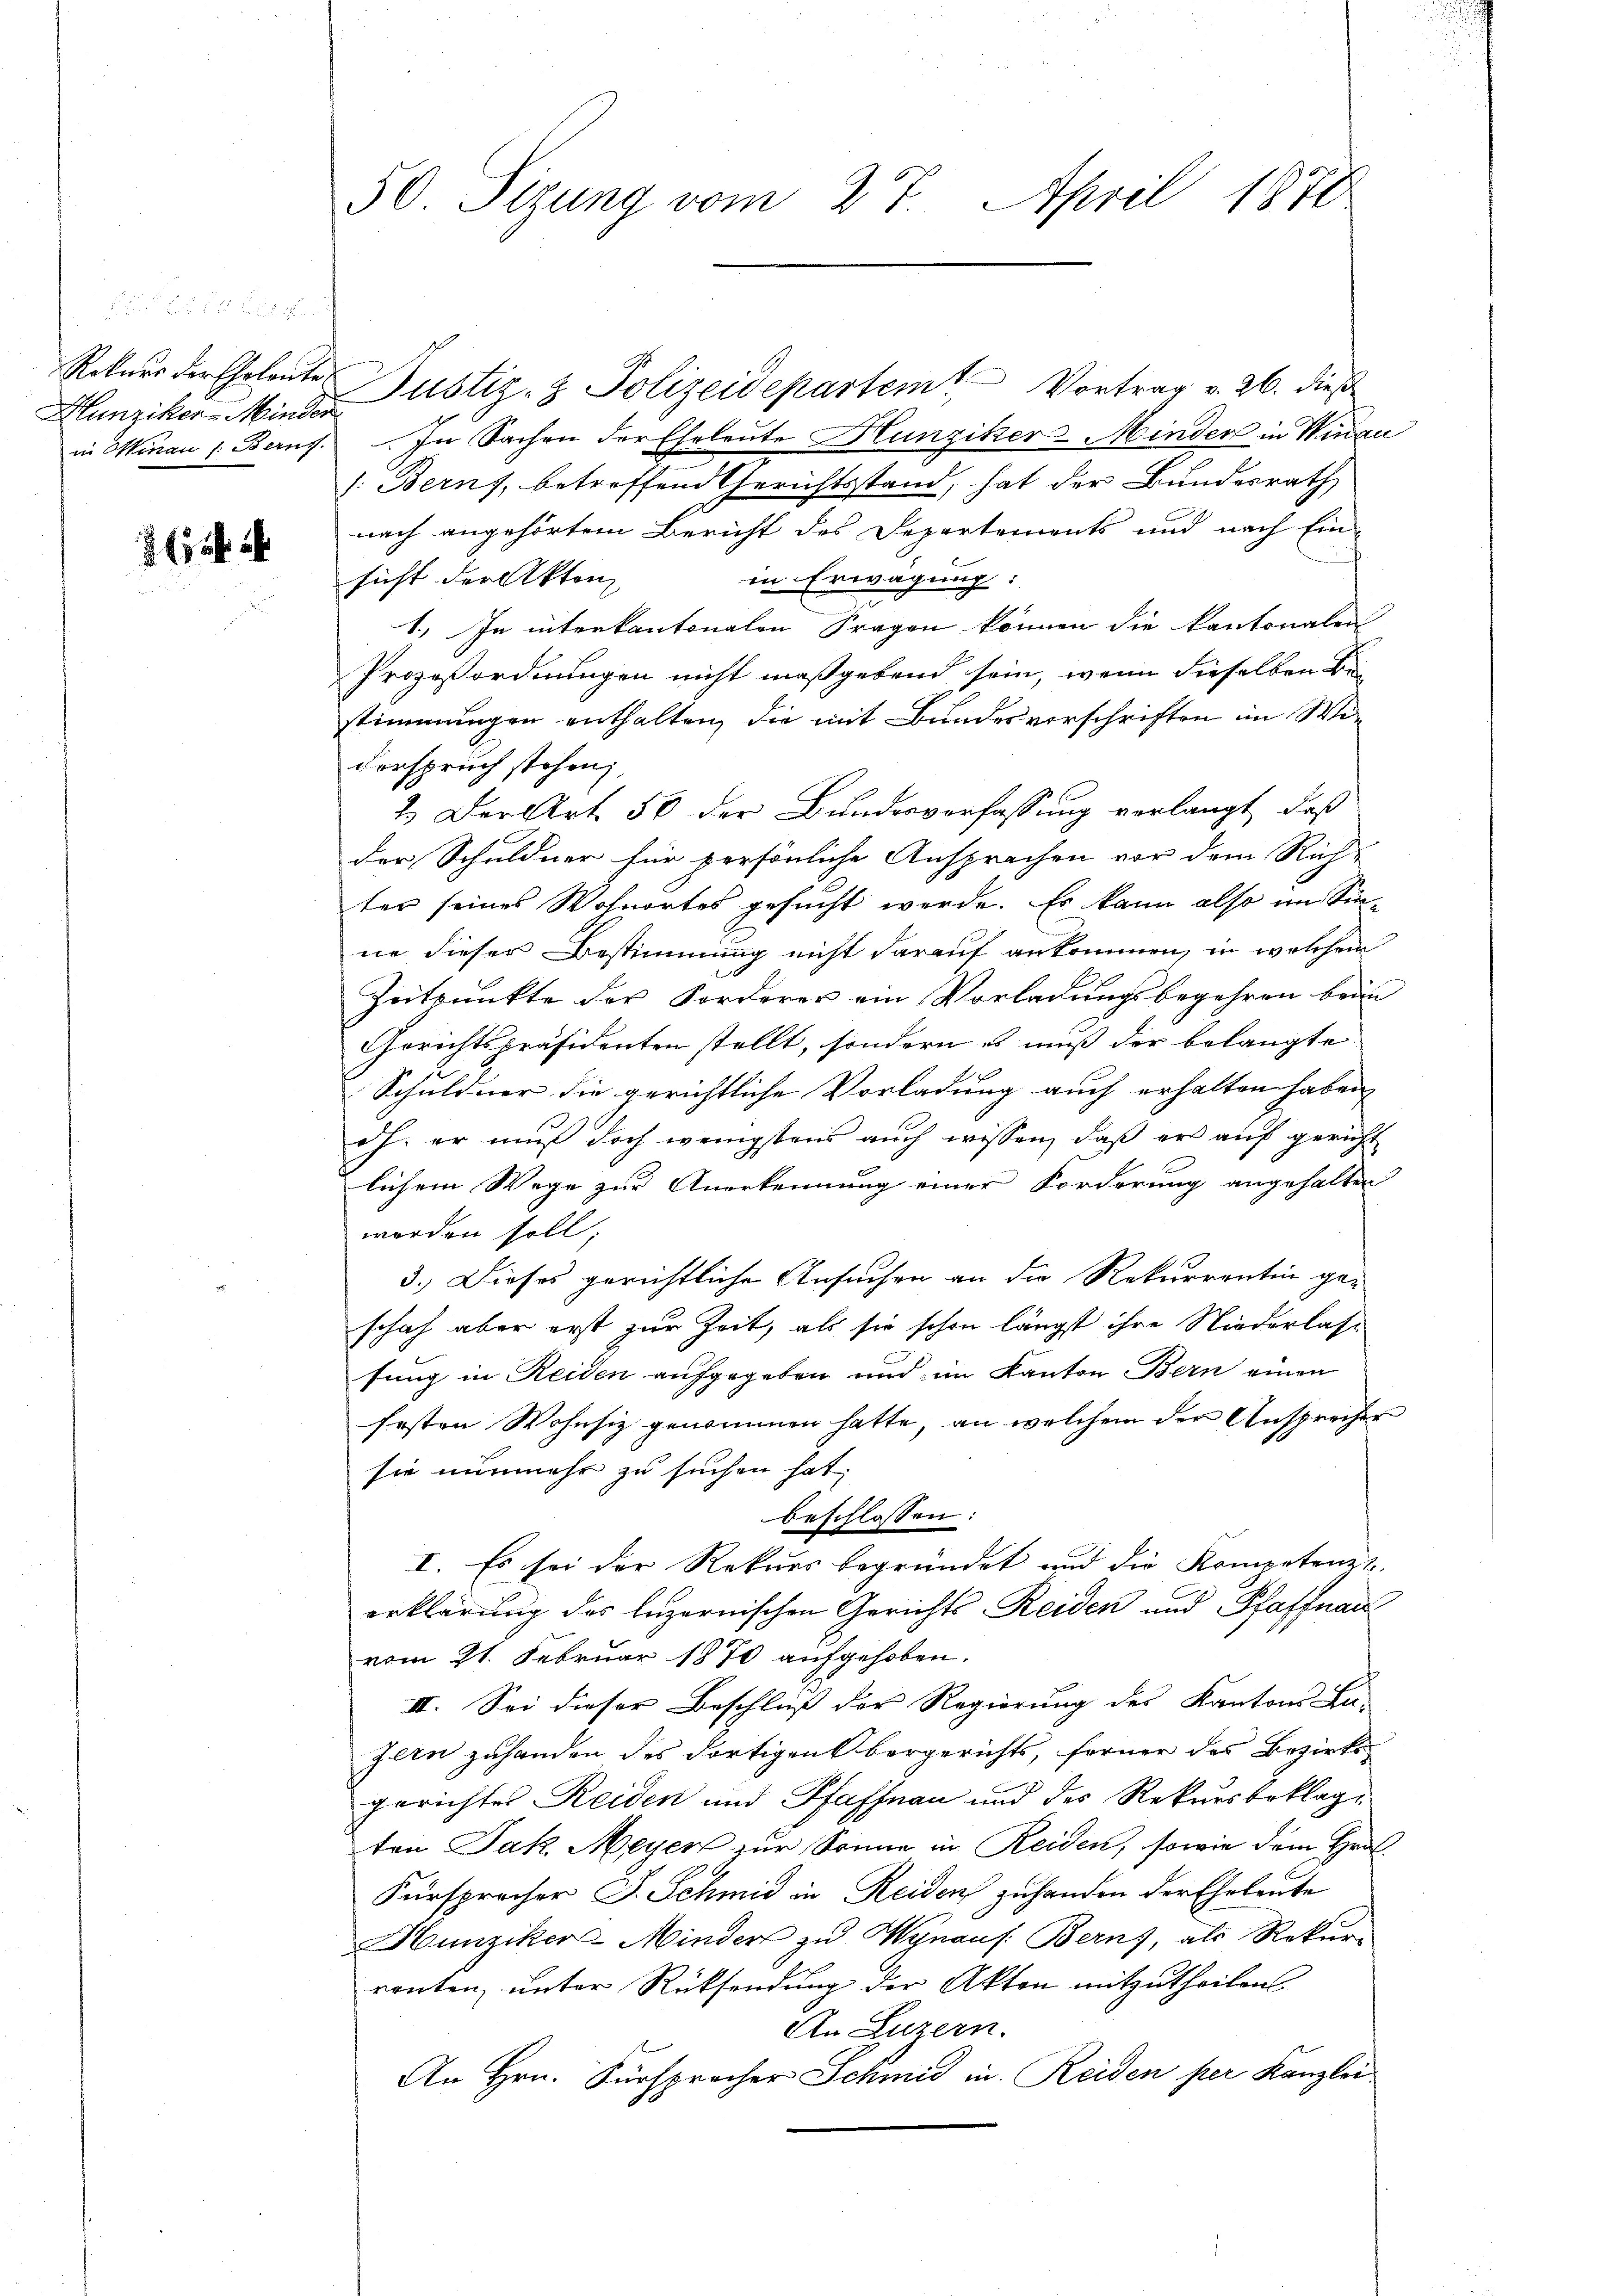
Hunziker- Minder

52

50. Sizung vom 27. April 1870

Rotuer der Eheleute Justiz- & Polizeidepartemt Vortrag v. 26. dieß
in Minau 1. Berns. In Sachen der Eheleute Hunziker Minder in Winau
/: Berns, betreffend Gerichtsstand, hat der Bundesrath
nach angehörtem Bericht des Departements und nach Einin Erwägung:
sicht der Akten
1.) In interkantonalen Fragen können die kantonalen
Prozeßordnungen nicht maßgebend sein, wenn dieselben Be-
stimmungen enthalten, die mit Bundesverschriften im Widorspruch stehen,
2.) Der Art. 56 der Bundesverfassung verlangt, daß
der Schuldner für persönliche Ansprachen vor dem Rich-
ter seines Wohnortes gesucht werde. Es kann also im Sin-
ne dieser Bestimmung nicht darauf ankommen, in welchem
d
Zeitpunkte der Forderer ein Vorladungsbegehren beim
Gerichtspräsidenten stellt, sondern es muss der belangte
Schuldner die gerichtliche Vorladung auch erhalten haben |
ch. er muß doch wenigstens auch wissen, daß er auf gericht
lichem Wege zur Anerkennung einer Forderung angehalten
worden soll.
3.) Dieses gerichtliche Ansuchen an die Rekurrentin ge-
schaf aber erst zur Zeit, als sie schon längst ihre Niederlass
C
sung in Reiden aufgegeben und im Kanton Bern einen
Ersten Wohnsiz genommen hatte, an welchem der Ansprecher
sie nunmehr zu suchen hat,
beschlossen:
I. Es sei der Rekurs begründet und die Kompetenz
erklärung des Luzernischen Gerichts-Reiden und Pfaffnau
vom 21. Februar 1870 aufgehoben.
II. Sei dieser Beschluss der Regierung des Kantons Lu-
zern zuhanden des dortigen Obergerichts, ferner des Bezirks-
gerichtes Reiden und Pfaffnau und des Rekursbeklag
ten Jak. Meyer zur Sonne in Reiden, sowie dem Grat
Fürsprecher J. Schmid in Reiden zuhanden der Eheleute
Hunziker Minders zu Wynaus Berns, als Rekur-
ranten, unter Rücksendung der Akten mitzutheilen
An Luzern.
An Hrn. Fürsprocher Schmid in Reiden per Kanzlei